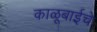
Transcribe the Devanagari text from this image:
काळूबाईचे